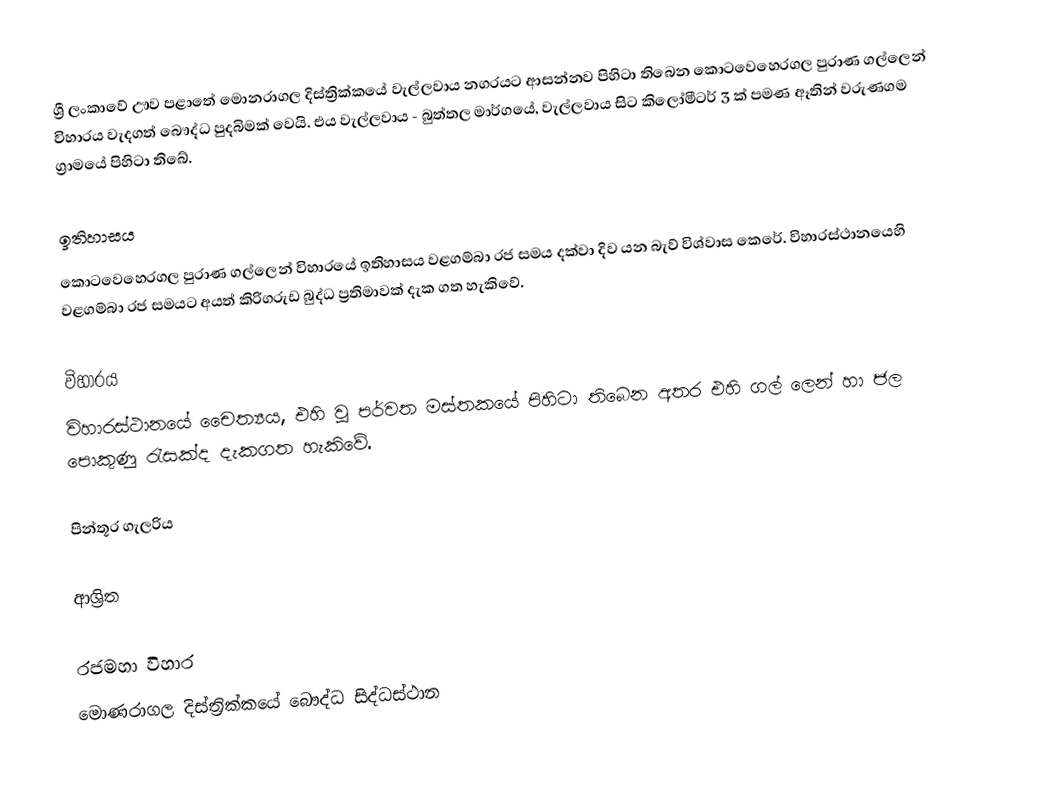
ශ්‍රී ලංකාවේ ඌව පළාතේ මොනරාගල දිස්ත්‍රික්කයේ වැල්ලවාය නගරයට ආසන්නව පිහිටා තිබෙන කොටවෙහෙරගල පුරාණ ගල්ලෙන් විහාරය වැදගත් බෞද්ධ පුදබිමක් වෙයි. එය වැල්ලවාය - බුත්තල මාර්ගයේ, වැල්ලවාය සිට කිලෝමීටර් 3 ක් පමණ ඈතින් වරුණගම ග්‍රාමයේ පිහිටා තිබේ.

ඉතිහාසය
කොටවෙහෙරගල පුරාණ ගල්ලෙන් විහාරයේ ඉතිහාසය වළගම්බා රජ සමය දක්වා දිව යන බැව් විශ්වාස කෙරේ. විහාරස්ථානයෙහි වළගම්බා රජ සමයට අයත් කිරිගරුඩ බුද්ධ ප්‍රතිමාවක් දැක ගත හැකිවේ.

විහාරය
විහාරස්ථානයේ චෙෙත්‍යය, එහි වූ පර්වත මස්තකයේ පිහිටා තිබෙන අතර එහි ගල් ලෙන් හා ජල පොකුණු රැසක්ද දැකගත හැකිවේ.

පින්තූර ගැලරිය

ආශ්‍රිත

රජමහා විහාර
මොණරාගල දිස්ත්‍රික්කයේ බෞද්ධ සිද්ධස්ථාන‎